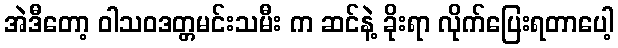
အဲဒီတော့ ဝါသဝဒတ္တမင်းသမီး က ဆင်နဲ့ ခိုးရာ လိုက်ပြေးရတာပေါ့